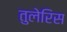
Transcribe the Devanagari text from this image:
तुलेरिस